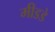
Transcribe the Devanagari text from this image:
मीडडे